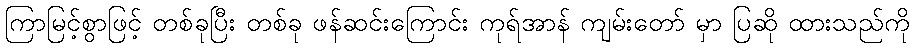
ကြာမြင့်စွာဖြင့် တစ်ခုပြီး တစ်ခု ဖန်ဆင်းကြောင်း ကုရ်အာန် ကျမ်းတော် မှာ ပြဆို ထားသည်ကို